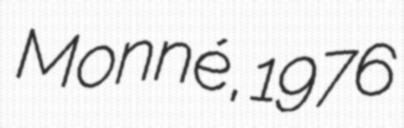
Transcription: Monné, 1976